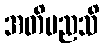
အတိမညသိ